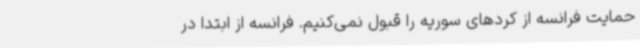
حمایت فرانسه از کردهای سوریه را قبول نمی‌کنیم. فرانسه از ابتدا در